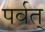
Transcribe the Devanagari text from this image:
पर्वत्